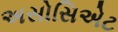
અસોસિએટ